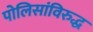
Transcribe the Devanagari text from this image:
पोलिसांविरुद्ध